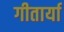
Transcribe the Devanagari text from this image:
गीतार्या